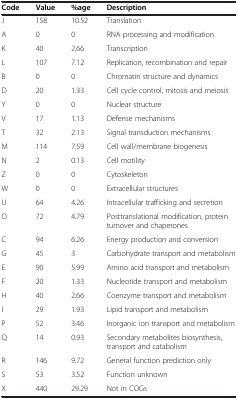
<table><thead><tr><td><b>Code</b></td><td><b>Value</b></td><td><b>%age</b></td><td><b>Description</b></td></tr></thead><tbody><tr><td>J</td><td>158</td><td>10.52</td><td>Translation</td></tr><tr><td>A</td><td>0</td><td>0</td><td>RNA processing and modification</td></tr><tr><td>K</td><td>40</td><td>2.66</td><td>Transcription</td></tr><tr><td>L</td><td>107</td><td>7.12</td><td>Replication, recombination and repair</td></tr><tr><td>B</td><td>0</td><td>0</td><td>Chromatin structure and dynamics</td></tr><tr><td>D</td><td>20</td><td>1.33</td><td>Cell cycle control, mitosis and meiosis</td></tr><tr><td>Y</td><td>0</td><td>0</td><td>Nuclear structure</td></tr><tr><td>V</td><td>17</td><td>1.13</td><td>Defense mechanisms</td></tr><tr><td>T</td><td>32</td><td>2.13</td><td>Signal transduction mechanisms</td></tr><tr><td>M</td><td>114</td><td>7.59</td><td>Cell wall/membrane biogenesis</td></tr><tr><td>N</td><td>2</td><td>0.13</td><td>Cell motility</td></tr><tr><td>Z</td><td>0</td><td>0</td><td>Cytoskeleton</td></tr><tr><td>W</td><td>0</td><td>0</td><td>Extracellular structures</td></tr><tr><td>U</td><td>64</td><td>4.26</td><td>Intracellular trafficking and secretion</td></tr><tr><td>O</td><td>72</td><td>4.79</td><td>Posttranslational modification, protein turnover and chaperones</td></tr><tr><td>C</td><td>94</td><td>6.26</td><td>Energy production and conversion</td></tr><tr><td>G</td><td>45</td><td>3</td><td>Carbohydrate transport and metabolism</td></tr><tr><td>E</td><td>90</td><td>5.99</td><td>Amino acid transport and metabolism</td></tr><tr><td>F</td><td>20</td><td>1.33</td><td>Nucleotide transport and metabolism</td></tr><tr><td>H</td><td>40</td><td>2.66</td><td>Coenzyme transport and metabolism</td></tr><tr><td>I</td><td>29</td><td>1.93</td><td>Lipid transport and metabolism</td></tr><tr><td>P</td><td>52</td><td>3.46</td><td>Inorganic ion transport and metabolism</td></tr><tr><td>Q</td><td>14</td><td>0.93</td><td>Secondary metabolites biosynthesis, transport and catabolism</td></tr><tr><td>R</td><td>146</td><td>9.72</td><td>General function prediction only</td></tr><tr><td>S</td><td>53</td><td>3.52</td><td>Function unknown</td></tr><tr><td>X</td><td>440</td><td>29.29</td><td>Not in COGs</td></tr></tbody></table>